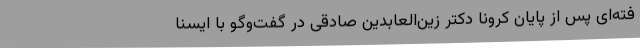
فته‌ای پس از پایان کرونا دکتر زین‌العابدین صادقی در گفت‌وگو با ایسنا